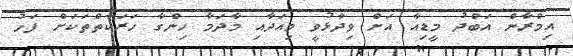
އިމްރާން އަބްދު މީޑިއާ އަށް ވިދާޅުވީ މިއަދާއި މާދަމާ ހިންގާ ހަރަކާތްތަކަށް ފަހު